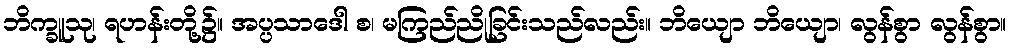
ဘိက္ခူသု၊ ရဟန်းတို့၌။ အပ္ပသာဒေါ စ၊ မကြည်ညိုခြင်းသည်လည်း။ ဘိယျော ဘိယျော၊ လွန်စွာ လွန်စွာ။